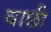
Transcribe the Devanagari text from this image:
वाछी